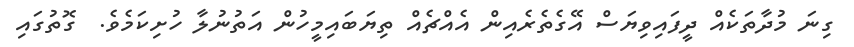
ގިނަ މުދާތަކެއް ދީފައިވިޔަސް އޭގެތެރެއިން އެއްޗެއް ތިޔަބައިމީހުން އަތުނުލާ ހުށިކަމެވެ.  ގޮތުގައި